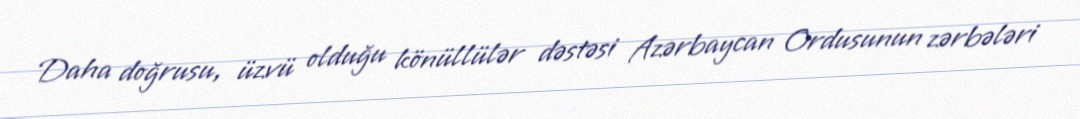
Daha doğrusu, üzvü olduğu könüllülər dəstəsi Azərbaycan Ordusunun zərbələri